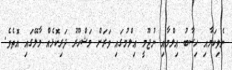
ނެވިކަމާއި ހިސާބު ޢިލްމާއި ނުޖޫމީ ޢިލްމުގައި ވަރަށް މަޝްހޫރު ދަރިކޮޅެއް މާލޭގައި އޮތެވެ.